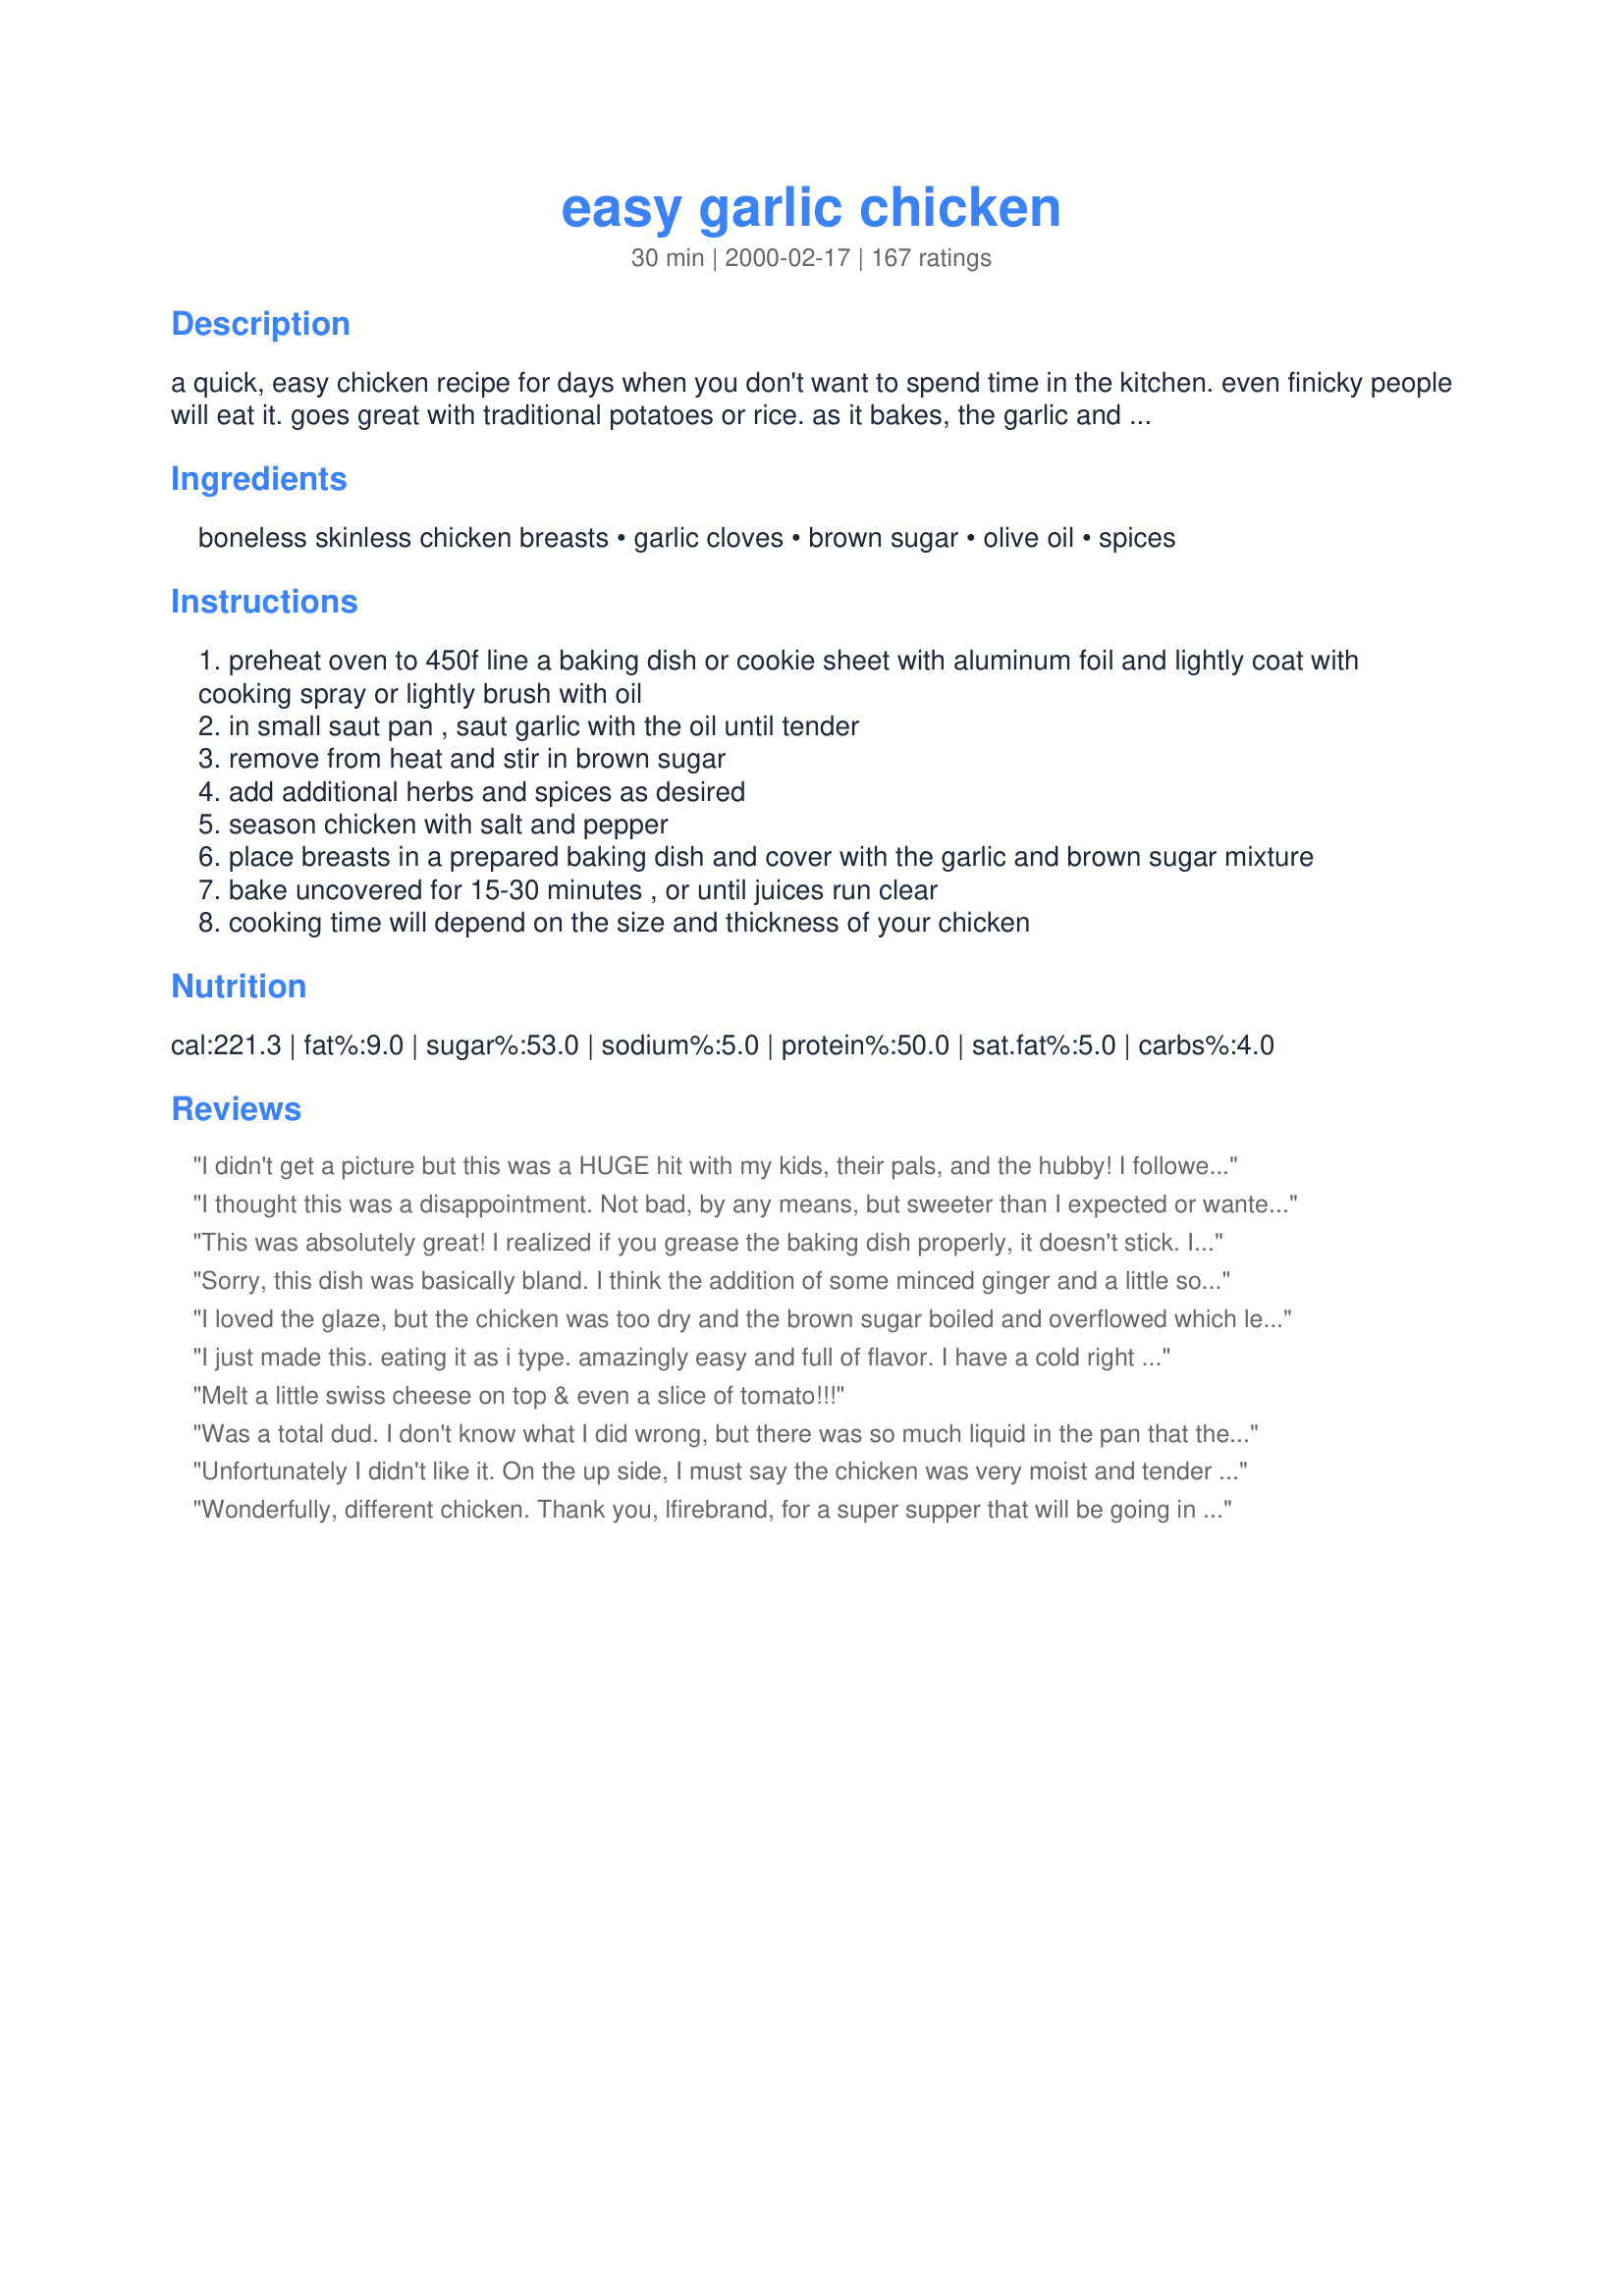
easy garlic chicken
Preparation time: 30 minutes

a quick, easy chicken recipe for days when you don't want to spend time in the kitchen. even finicky people will eat it. goes great with traditional potatoes or rice. as it bakes, the garlic and sugar will melt into a sweet glaze. customize with your favorite herbs or spices. after many comments, i have reduced the temperature at which to cook the chicken. i have also added instructions to wrap your baking sheet or casserole dish in aluminum foil for easier clean-up.

Ingredients:
boneless skinless chicken breasts, garlic cloves, brown sugar, olive oil, spices

Steps:
preheat oven to 450f line a baking dish or cookie sheet with aluminum foil and lightly coat with cooking spray or lightly brush with oil
in small saut pan , saut garlic with the oil until tender
remove from heat and stir in brown sugar
add additional herbs and spices as desired
season chicken with salt and pepper
place breasts in a prepared baking dish and cover with the garlic and brown sugar mixture
bake uncovered for 15-30 minutes , or until juices run clear
cooking time will depend on the size and thickness of your chicken

Reviews:
I didn't get a picture but this was a HUGE hit with my kids, their pals, and the hubby! I followed the recipe, sauteed onions with the garlic the 2nd time just to try it out (was also good) and just doubled all ingredients to make a big batch.
I thought this was a disappointment. Not bad, by any means, but sweeter than I expected or wanted. The garlic definitely takes a back seat. Don't think I will make again, or I will adapt it and turn it into an Asian dish with a few modifications.
This was absolutely great! I realized if you grease the baking dish properly, it doesn't stick. I made a variation to the original recipe and added some potatoes and whole garlic cloves to the baking dish. Took about 20 minutes and the potatoes were still a little hard, but the chicken was cooked perfectly. Maybe next time I'll leave it in for about 25 minutes to get the potatoes just right. Overall, an extremely simple and great recipe!
Sorry, this dish was basically bland. I think the addition of some minced ginger and a little soy sauce would really zip it up. I also found that at 500 degrees, the max cooking time is 15 min since the sugar is baked on and starts to smoke at that point. Will probably try again with those additions.
I loved the glaze, but the chicken was too dry and the brown sugar boiled and overflowed which left a nasty burnt spot in the oven.. Other than that, my fianc? loved it. I will try again sometime, but I'll really have to doctor it up!! Thanks!!!
I just made this. eating it as i type. amazingly easy and full of flavor. I have a cold right now and this is a good idea to make you feel more at ease
Melt a little swiss cheese on top & even a slice of tomato!!!
Was a total dud. I don't know what I did wrong, but there was so much liquid in the pan that the chicken basically boiled and was then very dry due to lost moisture. Also not a lot of flavor. I was very disappointed and won't be making it again.
Unfortunately I didn't like it. On the up side, I must say the chicken was very moist and tender but I'm just not a fan of the garlic and brown sugar syrup.
Wonderfully, different chicken. Thank you, lfirebrand, for a super supper that will be going in my "Will have again" cookbook. Quick, Easy & delicious - what more can you ask for. I used recipe #146709 - Easy Oven-Simmered Potatoes, Carrots and Onions for the side dish and everything came together just right.
Very easy and quick to make! Was a huge hit in my household. I followed the directions, but added onions when saut&eacute;ing the garlic. I also used 3 chicken breasts instead of 4. I personally didn&#039;t line my baking dish, and had no problem with clean up at all. I would highly recommend this recipe! Thanks for posting!
Easy to make and clean up - good for a quick meal!
This recipe has the right idea just needs a little tweeking.<br/>It was a little dry. <br/>I sauted the garlic in butter and 3 tbs of soy sauce.<br/>Remove from heat and add 1/2 the amount of brown sugar suggested. I added a touch of ginger.<br/>Pour half over chicken and broil for 10 mins.<br/><br/>This is much more tender when you broil it.<br/>After 10 mins pour remaining mixture over top and broil til garlic starts to brown.
I used a non-stick, oven safe pan, seared the chicken breasts on both sides and then slid them into the oven in the pan at 425. Baked for 15 minutes (they were large) and it turned out AMAZING. My boyfriend said I could make chicken like this any time. I added red pepper flake and a tiny sprinkle of salt. Delish!
This is really easy and good. Not our favorite, but definitly very tastey.
This recipe was good! I found this recipe on Pinterest and I always read reviews before trying things myself to see if anything needs to be altered. The seasonings seem to be kind of whatever you want them to be in this recipe, so I generously salted and peppered my chicken, (I used tenderloins instead of breasts) sprinkled some onion powder, dried oregano leaves, and just a hint of Tony Chachere&#039;s for a bit of spice since I did not have any red pepper flakes like a lot of people recommended. Then in a small saute pan, I melted a half stick of butter (instead of oil, to give my chicken some moisture and richness) and mixed in 4 small teaspoons of minced garlic (from a jar), and 3 tablespoons of brown sugar instead of 4. Poured it over the chicken, and baked at 450 for about 20-25 minutes. Surprisingly it was still very juicy and quite good! I served with peas and sweet potatoes with butter and cinnamon sugar and my husband and I both cleared our plates completely!
This was very good, and I would have rated it higher if I were to rate it as it was prepared. I combined the other's reviews and came out with a GREAT chicken recipe for a lazy day. I sauteed the garlic in soy, Tabasco's Sweet and Tangy, and light butter. I did not have brown sugar, so I mixed a dab of molasses with 3 tbs. sugar. Also, at the same time, the chicken was browning on the stove top in olive oil and a touch of margarine. Before browning the chicken, sprinkled with parsley flakes, thyme, basil, oregano, sea salt and pepper. Before removing from the heat, I added a dash of sherry cooking wine and chicken broth. After topping the chicken with the garlic mixture, I popped it in the oven and broiled it for approximately 10 minutes. The chicken was served over Barilla Rotini pasta and garlic spaghetti sauce. GREAT!
First: I highly recommend lining your dish with tin foil. It makes for much easier cleanup. <br/><br/>But now for the real review. This dish is delicious! It was so fast and easy to prepare! It came oh so juicy and tender. I baked at 500 for 20 minutes, and that was just enough time, though I realize that some ovens may vary. I recommend checking at 15-20 minutes so as to not over cook. If you truly sautee the garlic, then the garlic should not be overpowering, unless you are not a fan of garlic to begin with. Also, make sure you salt and pepper it! If you don't, it very well could turn out bland. I recommend serving with something slightly spicy to balance out the mildly sweet taste taste of the chicken (but that may also just be because I love spicy food!!). Enjoy!
Definitely easy and tasty... was a bit dry though. I followed most of the instructions, baked at 500 and checked it at 17 minutes, it was still a bit pink inside. So I put it back in for another 5 minutes, and then it was slightly overdone. LOL! <br/><br/>My alterations:<br/>Along with the garlic, I also sauteed some minced onion (not a lot, about 1/4 of a sweet onion). Before putting the brown sugar glaze over the chicken breasts, I seasoned the breasts with salt, pepper, onion powder and, since I also wanted a bit of heat but had no red pepper flakes or cayenne, I also sprinkled some cajun seasoning (by Club House). Then the brown sugar mixture on top and into oven. Other reviewers also stated to line your pan with tin foil... YES! Definitely do that... at the end of the cooking time, there was a sticky burnt film on the bottom that would have been on my pan instead of the foil... thank goodness I used the foil or I woulda been scrubbing away!!
I was so excited to try this after seeing a post on pintrest. We made it for the first time for tonight's dinner and it was amazing. We are so making it again! When the whole family goes to war over leftovers you know it's good enough to have again...lol
I thought this would be a intresting new dish to make, the two ingredients sounded great together but I did not care for the taste what so ever. I use garlic on everything I make so spicying it up with brown sugar sounded like a much needed upgrade to my usual recipes but the taste didnt hit my tounge the right way. Dissapointed that I didnt fall in love with this as I hoped I would have.
this garlic chicken is so gooooood!!!
it was easy to make! and i had it with some broccoli and corn! perfect combination :))
This was easy and delicious! One of my new favorites!
This was easy to make and weight watchers friendly and OMG it was the best chicken i have tasted
Nice easy, garlic, sweet recipe. Well worth doing.
I selected this recipe after seeing Derf's photos. This was quick & easy which is always appreciated. I liked the flavor~ nothing overpowering or terribly bold so it pleased everyone. I did line the pan with foil & reduce the oven temp based on reviews so had a good result. thank you for sharing the recipe!
It was ok, nothing really special. Like the others, it needs more to it, onions, a bit of spice. My 3 yr old ate it, so that was a bonus, but next time i'll be jazzing it up a bit.
This sure was easy but, I won&#039;t make it again. The flavor is not complex enough for me. That&#039;s why it&#039;s so easy. A great recipe for beginners or if you&#039;re in a hurry.
We served it with rice and I would agree; next time thinking about adding some sweet onion to it;)
This is one of my family's FAVORITE chicken dinners! So easy for me too. My fam especially likes the "sauce" the brown sugar, garlic & olive oil makes, so sometimes I make more "sauce" than necessary. I add a side of pasta with olive oil & garlic, a tossed green salad & hot bread....NOBODY'S late for dinner!
Thanks so much!!
I watched over the cooking to make sure the chicken didn't dry out in the 500 degree oven, which it did not. After 18 minutes, it was nice & moist & tender. However, I expected a nice glaze on the top, which I did not get. I ended up with some browned garlic bits on top, no glaze, and a lot of liquid in the bottom of the pan. Also, not a lot of flavor - what flavor there was was too sweet for my taste. Will not make again
This was so delicious. I took the advice of others and made sure to line the pan with foil before cooking. Before it was done i took it out and sprinkled more brown sugar over the top of it then put it to broil for 5 minutes. Made it perfect, next time I will double the "sauce" since it makes the rice taste great with it. Also served a piece of Naan to go with it and that even tasted delicious when dipped in the Juices. My sweet toddler loved it and asked for more. Def. going to be in regular rotation at our house!
The herb to add is rosemary! This is a delicious dinner fit for company.
Soooo delicious and moist!! Be sure to line with foil!
I just barely made this using bone in chicken sections. I would say cover it a 1/3 of the cooking time, Then uncover for 1/3, and then cover the remaining time to prevent from drying out. It took 45 minutes to bake this way until done. But it turned out delicious! Will be making again for sure!
Ok -- let the rest -- I put a different spin on it. I didn't want to turn on the oven so....I heated a cast iron skillet that had a lid. Heated the oil, added the garlic then added the brown sugar with a few splashes of soy sauce. After I added the chicken I added about 1/2 cup of water and cooked the chicken on both sides. Then I put on the lid and let it simmer for 20 minutes, turned them over for another 15 minutes. Then took off the lid to let the liquid evaporate. Flipped the chicken and cooked 5 minutes then flipped them again. The liquid will get thick. Before serving, I flip them over a few times to get all the sauce. My 9 year old wanted more and said it was the best chicken -- my 11 year old looked like he licked the plate!
I thought I did something wrong because the mixture was like paste so I actually added chicken broth and baked at 400 for 25 min. It came out very tender w/ a nice "sauce". Thanks for the recipe.
Very bland. Good basic recipe, but I will be adding soy sauce and some ginger
500 was way too hot to cook this, as my glaze nearly lit! Saved it just in time, scraped off the burnt bit and added a little extra sugar on top of the breasts. Turned it down to 375 to finish cooking and they turned out fine. Needs a little something else for flavor though... tasted good but lacking a little something.
So delish?? Thx...yummy
According to my husband, this recipe yielded a juicy, tasty chicken but with some adjustments. I only used 3 chicken breasts and decided to saute the garlic with 1 shallot. When tender, I added 3 tbsp. brown sugar and 1/2 tbsp. butter to make the sauce a bit more spreadable. Added 1/2 tsp. dried basil to the mixture as well. Cooked the chicken at 425F for 30 minutes and then broiled for 1-2 minutes to crisp up the tops of the chicken. Very easy and most will have the ingredients on hand.
My husband and I enjoyed this. I took the time to sear the chicken in butter. (I used thighs). I also sprinkled onion powder, and a little thyme. I baked the thighs on 450 for 15 minutes. It was delicious. My husband said he would like to have it again!
I'm not sure why but mine came out very soupy. I'm not sure if a ton of liquid came out of the chicken or what. The parts that managed to stay a little crunchy on top were amazing. I'll make it again and if need be I'll drain it while cooking. It went great with some roasted carrots and roasted garlic and cheddar mashed potatoes.
I made this chicken tonight. i also added something things to this recipe. I seasoned the chicken with adobo, Italian seasoning, salt, red pepper flakes, paprika, and mccormick perfect pinch rotisserie chicken seasoning. I also lined the pan with tin foil. On the bottom of the pan i poured some chicken broth. I used light brown sugar and garlic that was already minced. i sauteed the garlic and brown sugar in the pan and made it like a sauce to put over the chicken. It turned out great! i loved the sweet and taste as well as spicy it was very good! i will def make it again. It was also very tender and juicy.
Simple and sooo delicious. I used splenda brown sugar mix. Mine was done perfectly, lovely and moist in 20 minutes. This chicken has turned into one of our favourites. I will be making it often, thanks for posting.
I am not giving this any stars. WOW, what a waste!! I read pretty much ALL the reviews but thought I would try it any way based on how many others did it. It was awful &amp; my house stinks!! I browned the chicken in butter and added spiced to it. I added low sodium soy sauce ( 2 tbl ) to the brown sugar mixture. Put that on top of the chicken &amp; it all ran off except the garlic. The garlic was too over powering. The mixture on the foil of the pan was burning so bad my oven was smoking and the chicken wasnt even done yet. Awful experience.
Tasted a little too sweet to me. Based on other reviews, I decided to sear my chicken first, then I topped it with the sugar mix and put it into the oven following the directions. I chose to broil the chicken at the end as it didn't seem crispy enough for me. I liked the overall taste but would reduce the sugar and add ginger, soy and scallions to it next time. Since there will be a next time, I guess it wasn't all that bad!
Great recipe! I used a whole sauteed a whole head of minced garlic and added a half cup of brown sugar and three tbsp of butter for the sauce. Poured it over 8 chicken breasts in a foil lined pan and cooked for 30mins. at 450 degree.... I may have slightly overcooked the breasts but all in all it was a winner in my book! I have used the butter/brown sugar mixture along with Worcester sauce and garlic on bacon wrapped asparagus and bacon wrapped chicken breast so knew this would be a good one!
This one is not for the faint at heart but I love this dish! I followed Dana U.'s suggestion and made a little bit extra 'sauce' and then served it over rice. the neighbor actually said that she could smell this cooking in her apartment and that it smelled fantastic. Thanks for a great recipe that we will be having again!
I thought this needed something. I liked the subtle sweetness from the brown sugar, but otherwise I found it to be bland. I think I might go with adding some chicken broth and maybe some other seasonings next time.
Add our family to the fans of this dish! Made it at the suggested temperature in a cast iron saute' pan. Served with gingered carrots and buttered shells. I cooked the resulting juices down until they were a glaze. Tomorrow, we will make a lovely Asian Chicken salad with the leftovers.
I added maybe 1/4 cup of chicken broth, a dash of cayenne, and 1/2 tsp of curry powder, then added the chicken to the saute pan to let it brown (be careful that the sauce doesn't spatter). lined my casserole with foil AND covered loosely with foil to prevent the sugar from burning. my husband loved it! we'll have this again.
This was really easy and delicious. I'll be making it again!
This is a tasty recipe with a few additions. Per the suggestions I browned the breasts in a pan before placing in a foil lined baking pan. To the sauce I added soy and grated fresh ginger. I did a hodgepodge of temperatures in the oven, started off in a 350 degree preheated oven for 15 minutes and then turned it up to broil and broiled for about 10 min per side. I also used a thermometer so knew when they were ready- so I wouldn&#039;t overcook them. I basted the chicken occasionally. We ate this with steamed rice.
One of the best and Easiest Chicken recipes out there. The only thing I changed was the amount of brown sugar I had but I kept everthing else the same. My son and husband LOVED it. I will certainly be making this again!!!
This recipe is amazing... everybody in my family loved it so much I had to make it twice the same week!!!!
The oil and garlic mixture burned in onto the tinfoil the pan yet the chicken was still pale and didn't have any of the garlic mix baked onto it, the piece I tried was tough and tasteless. We ended up throwing this out and eating cereal for dinner.
My kids are really picky and they not only love this recipe, but ask for it often - even when it's weeks away in my "dinner rotation." Make this one tonight!
I only changed the temperature of cooking and cooked it at 425 for 1/2 an hour. Everyone who ate it loved it in my family. I may try adding some of the other suggestions like soy sauce and onions and such but it was a big hit as is.
This was good but it came out kind of dry and bland tasting. I used jarred minced garlic so maybe that's why? I'll give it another try using fresh garlic and maybe a use a smaller baking dish so the glaze can't run off the chicken.
The best combination: quick, easy, and tasty. I would definitely double or even triple the recipe depending on how much sauce you want after cooking.
I just followed the suggestions by other reviewers and it came out tender, juicy, and delicious. I sauteed garlic and onions in the pan, then added the other ingredients along with parsley, oregano, basil and thyme. Next I browned the chicken on the pan, and broiled it in the oven. The chicken wasn't too thick so I only had it in the oven for 10 minutes total - and it came out perfect. I don't think I've every had chicken come out quite this juicy. Exceptional!
I think baking at 500 was a bit much. My chicken turned out very dry. I was so disappointed because I loved the flavor. I did tweak my flavor a bit by adding cumin and red pepper to give it kick. I will make this dish again but I will turn that oven DOWN next time!
Delicious! Followed recipe as is but added some chopped onion and salt to step 2. Also put pan on lower rack in oven to help prevent burning. Chicken browned nicely. Will definitely make again.
This was very good. All 3 of us enjoyed it, but I wish the chicken had browned a little more in the oven. I'll definitely make it again, though. Very simple and lots of flavor.
The basics were there for this recipe, and with the help of some of the comments, we had a lovely, easy weekday dinner! Used 3 tbsp brown sugar instead of 4, browned the chicken in butter beforehand, added a splash of cooking sherry and chicken stock, plus parsley flakes, oregano, basil and thyme, cooked at 425 F for 20 minutes and broiled for about 5-10 minutes more. Topped with more parsley flakes and fresh ground pepper and it was great.
The taste was ok, but I certainly didn't consider it easy. I had to cook it twice and had trouble getting the sauce to stay on the breast. Last, I had to broil it to get it to get some color.
This was really freaking good! No concerns with it being dry as stated in other reviews, that usually comes with over cooking. Best to keep a instant read thermometer on hand to know when its done without cutting into your meat. I made a few additions...here is exactly what I did!&lt;br/&gt;Oven @ 450...check&lt;br/&gt;Foil lined metal pan, sprayed with butter flavor pam cooking spray&lt;br/&gt;Two boneless, skinless chicken breast in the pan, salt &amp; pepper&lt;br/&gt;Saut&eacute;ed the garlic in about one Tbl EVOO&lt;br/&gt;Dropped in 1-2 tsp of chopped ginger (from a jar)&lt;br/&gt;Melted in about 1/2 Tb unsalted butter&lt;br/&gt;Tossed in some chopped fresh thyme&lt;br/&gt;Stirred in the sugar&lt;br/&gt;Poured it over my chicken...&lt;br/&gt;Baked 30 mins.&lt;br/&gt;&lt;br/&gt;SO GOOD!
Super easy, super quick, and super delicious. I followed the recipe exactly but only set the oven to 425 degrees. Wonderful!
We loved this! The taste was amazing and the simplicity was the best part. Thanks for a great recipe :)
This recipe is amazing! I did make a few changes to it just for fun and holy cow! It's even more amazing!!! At least my family and I think so.<br/><br/>I add one chopped yellow onion in the sautee pan and then after the other ingredients are added I add about 2 Tbsp soy sauce. I also like serving this with white rice or cooked asian noodles. It's also great with some red pepper flakes on top!
This is a great dish for something quick. We added 1/4 of an onion to zing it up a little. Served with Rice it was great.
pretty good, especially for how quick and easy it is.
Wow, this was very yummy! I made the same batch for only two breasts, and I'm glad I did. but, I think I did something different with the measurements, because it didn't glaze, but crust. Either way, it was very yummy! I also added oregano and basil to the garlic. Also, I put it at 375 for 20 minutes, and it cooked nicely. Thanks!
I am not sure how the brown sugar is suppost to be .. mine turned into caramel and did not spread
Easy and Yummy. This will be a regular recipe at our house..
if you like this, you better like giving yourself insulin shots!
Easy and tasty. Even easier clean-up by lining baking dish with tinfoil. Great :)
Easy and juicy.
Great recipe, I use boneless skinless chicken thighs, salt, pepper. I also use a little more oil. I go with 2 tb of oil to 4 cloves and 4 tb of brown sugar. 30 min in 450 oven. Perfect every time.
I wish I had seen the comment about lining the baking pan with foil. Clean-up is a bit of a challenge
but the dish is great. Thanks.
So easy to prepare and delicious. I substituted palm sugar for the brown to cut down on sweetness. I lined one-third of the pan with foil for the chicken; the rest of the pan used to grill cauliflower & mini sweet peppers. Baked all at recommended temperature for 15-17 minutes. Perfect meal when served on a bed of uncooked spinach!
DH and I really enjoyed this dish. As per other reviews, I took some advice. I added some diced onions and chili flakes to the oil with the garlic. I flattened out my chicken breasts to promote even cooking. I salt and peppered the chicken breasts before I poured on the brown sugar mixture. I baked at a lower temperature, but I understand why it was a higher temp. I rounded out the meal with garlic mashed red-skin potatoes, and steamed edamame. Lovely meal. Thanks ElleFirebrand for posting this great recipe.
Added 3tbs. Soy sauce, 450 degrees 10 minutes, 500 degrees last ten minutes, my kids LOVED it. Easiest recipe yet
This chicken dish, with a bit of tweaking, was delicious and moist. I used 2 chicken breasts, since there is only me. I used a combo of butter and olive oil to saute my seasoned breasts (I seasoned with salt, pepper, garlic powder, onion powder and dried parsley). I used 4 TBSP of brown sugar, and added some soy sauce (2 tsp) and micro-planed ginger. I baked in a preheated oven at 475 for 22 minutes. I did not need to use the broiler as the minced garlic caramelized and formed a crispy crust on the top of the meat. I will make this again and really liked the way it tasted after a bit of tweaking. I had a lot of sauce to put over the meat and some steamed rice.
My family loved this!! I had a half of a red pepper to use up, so I put that in a food processor with a chunk of sweet onion and the garlic. I baked it at 425 for 20 minutes and then broiled it for another five. I served it with rice pilaf and it pleased everyone from my 17 y/o nephew down to my 3 and 5 year old. Oh, I also added some ground red pepper to the saut? (maybe three teaspoons). It was a perfect mix of spicy and sweet, although I would probably leave that out if I make it again for just my small kids.
I used boneless pork chops instead and it was delicious. So very easy to prep, too. All who ate it loved it. What are simple and tasty recipe!
Great chicken! A little sweet ut not overpowering. I used thin-sliced b/s chicken breasts so decreased the cooking time a little. Made for Cookbook Tag.
One word two syllables..nasty. While I am all for a sweet savory thing going on..it was just intolerable. The sauce was clumpy..and was difficult to spread. Once baked..the garlic burned as can be seen in the above picture which rendered it bitter and inedible. I am not a novice cook. I can cook pretty much anything. I had my doubts when I started this recipe. I should have listened to myself.
This was originally 3*, but on the second nite I heated it up, and it was better, so probably 3 1/2*. I followed the recipe exactly. I may make it again. Not sure yet.
The picture makes it look so good. Although my chicken came out juicy, the flavor was just kind of slightly sweet but mostly bland. Probably won't make it again.
Tasty and easy, lining pan with foil does help w clean-up. I baked it at 375-400 for 25-30 min. I also added chopped yellow onions, cayenne pepper and blk pepper for taste. came out very good!
This recipe is horrible and I wouldn't waste my time. At 500F with nothing to keep the chicken moist, you're going to dry out the breasts before they even cook through. You're going to burn the garlic (even the garlic in the picture is burnt) and probably even burn the sugar, too. If you're desperate for brown sugar and garlic flavored chicken, which sounds silly IMHO, coat the chicken in (uncooked minced) garlic, olive oil, butter, and salt pepper. Don't heat it up, just mix together. Put breasts on a rack over a pan that contains onion, celery, and carrot. Put in an oven at 350F, cook until internal temperature is at 165. On a pan, make caramel out of brown sugar, and add a cup of chicken stock once the sugar is caramelized. Skim off fat, then deglaze pan with a touch of white wine, and put the fond into the pan with the stock and sugar. Add a tablespoon of butter to the pan. Boil and reduce until thick and creamy, then coat the chicken with the sauce. Now you have a chicken that has great caramelized brown sugar flavor, great garlic flavor, and the chicken isn't dry. One last thing: I didn't try this recipe. I've been cooking long enough to know what a bad recipe is just by looking at it, and I wouldn't waste my time and my money even trying this out.
Made this tonight and the family loved it even the kids!I I lined the pan as suggested and added onions with the garlic. Since the brown sugar sweetened them even my 8 year old ate them. I pre browned the chicken and added some spices and parsley while browning. cooked at 425 for 25 minutes so it wasn't dry. ?Also the pan dripping I divided into little cups like aujus style. ?We will be making it again.
I did not care for this recipe. I guess I was expecting a different outcome, more like a sweet garlic glaze over the chicken, but it didn't turn out quite like I expected.
I cooked it at 375 for an hour, I tripled the amount of sugar and olive oil. I basically covered the chicken with brown sugar. I thought it came out quite dry but my husband loved it. It tasted very good but too dry for my taste.
I was afraid of the high cooking temp, but the chicken came out moist & juicy. I used a bit more olive oil than recommended, next time I'll follow the recipe so the glaze will carmelize. It was a hit!
Easy and delicious. The kids declared it the best chicken ever. Served it with quinoa and a salad.<br/><br/>Going to try it with splenda's version of brown sugar next time!
I added the same amount of minced white onion as garlic.<br/><br/>I was concerned about the dryness of this dish so I added a step and it came out excellent, instead of adding the sugar directly, add it to a 1/2 cup of water in a small sauce pan and bring it to a boil and it will reduce by a quarter. Add this mixture to the tender garlic & onion. Pour the combined mixture over the chicken and it should serve as a blanching liquid thT the chicken will stew in. I baked at 500 for 18 minutes and it was delicious and extremely moist!!
I cooked this as posted here with little variation. No additional seasoning was used, just the 4 main ingredients. As my garlic cloves were on the large side, a bit less would have been ok. I did add a splash of water when adding the brown sugar; enough to make it a bit less pasty. Poured it over the chicken and after 20 minutes, we had very moist and tasty chicken. &lt;br/&gt;This is a dish that will be served again!
It is so easy to make and tastes great :) But I added more garlic and half the brown sugar said. Also I put in a little mixed herbs and it turned out great.
I made this tonight and added 1 1/2 teaspoons of curry powder to the mixture. In a word: amazing!! Next time I&#039;m trying skinless thighs. Thanks for this recipe, it&#039;s a keeper!
This tasted like bland chicken with brown sugar and garlic on top. The top of my chicken did not get nice and brown and caramel like the picture and it ended up sitting in an inch or more of oil and liquid. Edible but I probably won't make again.
tastes good but a little too bland. Nothing more to say here.
This is a great dish for something quick. We added 1/4 of an onion to zing it up a little. Served with Rice it was great.
Love to make this for company, but it's just as good for a quick everyday dinner. After lining cooking sheet with aluminum foil, I spray with Pam and put wedges of sweet potatoes (Yams) down first. I top with the chicken that has had the brown sugar, garlic mixture spread across the top. Bake as directed at 500 degrees. The chicken juces and brown sugar drip down onto the potato wedges and they come out so yummy. Everyone always raves about the final outcome! Add a veggy and salad and you're all set!
Found this on Pinterest and it sounded good. As I was reading the reviews, I wasn't sure I wanted to make it. But I took the tips and went with it. It was not as flavorful as I was expecting but it was good. I added a touch of soy sauce and mince onion. I also added a bit of water to help make more of a liquid for the cooking. I used parchment paper sprayed with non stick spray to help in the clean up. It didn't glaze like I was expecting but it was good! Family enjoyed it.
I mixed olive oil and worchester sauce and then added the brown sugar but I kept it on the stove to melt. I made it more of a sauce. That way it didn't burn the brown sugar and it cut a bit of the sweetness. It was delicious! Also, I covered the dish with tin foil and put it at 350 degrees. I only needed to bake it for 20 min
This was good but not great. Needs a little bit of improvement. I think next time add some soy sauce to the garlic and then the brown sugar. There was just to much oil and water in the baking dish when it was done cooking. So it came out a little dry. I did wrap my chicken in bacon which gave it a great twist and with the brown sugar I mixed a little bit of cayenne pepper.
Holy cow! Easiest recipe ever, and it is soooo delicious. Thanks for posting!
This was a success!!! My 3 year old loved it as well as my husband and I. I did season the chicken with onion powder, salt and pepper first. While I sauted the garlic in oil I added a pinch of crushed red pepper flake and some butter. When I added the brown sugar I also added a splash of worsteshire. Then baked it at 500 degrees for 17 min. It came out perfectly moist and juicy. Very flavorful. Thanks for the recipe. I will definitely be making this again.
Just made this for my family and they seemed to like it. I think that covering it with foil for a little while would of been better. I cooked it for about 25 min and the sugar sort of burt a little more than i would of liked. I paired it with white rice.
Very easy. I took some of the suggestions and added some soy sauce and ground ginger. It came out very good. I added some salt and pepper too. We will definitely make again. Thanks.
it says to bake at 500 degress for like 15-20 minutes.... our chicken BURNED and it was absloutly terrible. we tried this recipe twice and did everything it told us to. the sauce on the top did not stay on the chicken. it just burned the bottom of the pan... awful
I made this for dinner, but I only had 3 chicken breasts (a total of 1-1/4 lbs.). I used the 4 cloves of garlic (minced), but now wished I had only used 3. Also used the entire 4 tablespoons of brown sugar (but used dark brown sugar), and this was enough coating for just the 3 chicken breasts. If I were to make again using 4 chicken breasts, I would suggest adding 2 more tablespoons of the brown sugar. I baked this for 30 minutes in a 400&ordm; oven, but the chicken was a bit dry, so next time I&#039;ll reduce the baking time to 25 minutes. I can&#039;t see baking the chicken at a higher temp, not if you want burnt, dried-out chicken. I ended up dipping the chicken in a honey mustard sauce which I got from Hardees (hamburger restaurant), and boy did it make the chicken taste even better! Not a bad recipe, and will make again, but with the modifications I had stated, and that includes dipping the chicken in a honey mustard sauce.
I loved this recipe! I doubled the glaze and used my baster twice to moisten the chicken through the cooking process. The chicken was really juicy and full of flavour :) Will definitely make this again, a great, easy mid week meal! I served it with mashed potatoes and green beans.
We absolutely loved this! I made it with just one chicken breast that marinated in Italian dressing. (So I only used 1 clove of garlic and one tbsp of brown sugar). I added a tbsp of butter and some Badia Complete Seasoning (I use it in everything!) and I cooked it uncovered for 15 minutes. I let it rest in a covered dish for 15 minutes and it was incredibly juicy and tender! The sweet and spicy combination reminds me of Indian food! Will be making this again and again!
I used 3 chicken breasts that I cut in half. Sauteed 4 tsp of garlic and used 6 tbsp of brown sugar. Once that was mixed, I added some chicken broth. I poured this mixture over the chicken and baked @ 450 for 30 minutes then broiled on high for about 10 minutes. It was a hit!!
I thought it was ok. Put it in at 475 for about 20 minutes and broiled it for a few minutes and It came out really juicy and tender. I thought it was too sweet and not enough garlic so I am going to cut back on the brown sugar and go with more garlic next time. My boyfriend hated it. We ended up covering it with soy sauce after it was cooked and my boyfriend covered it with mozzerella and it was actually really good that way. I ended up dipping mine in a soysauce ranch blend.
OMG. I made this tonight for dinner and I did what one of the other viewers did. I browned the chicken lightly then put it in a baking pan, then added the garlic, butter, brown sugar and a couple gulps of sherry and poured over the chicken and baked. IT WAS AMAZING!
I used this recipe to inspire our meal last night and my husband and I loved it! So, here&#039;s what I did differently: 1) I used boneless, skinless thighs instead of breasts. The are juicier and less expensive than breasts. 2) I salted and peppered the chicken in the baking dish first, drizzled Worcestershire Sauce on it, and set it aside. 3) Here&#039;s how I enhanced the glaze: I used extra virgin coconut oil, pressed the garlic through a press instead of mincing, and added fresh pressed ginger. 4) I let the chicken marinate in the fridge for about a half hour. 5) I cooked the chicken at 400F for the first 18 minutes then turned on the broiler for the last two. Served this up with brown rice and vegetables and it was better than good! Yum!
This is the first recipe I&#039;ve tried from this website. I loved it! I can understand what others are saying about the blandness but what I did was made the sauce twice. First I made the portion thicker with about 3 tsp of brown sugar and glazed the chicken before putting it in the oven. Then I made another portion with about half a tbs of oil and maybe 2 tsp of sugar. The consistency was much thinner. I used this to drizzle over the chicken while it was in the oven. I also added ginger, extra spicy mrs dash seasoning and basil to the mixture and seared the chicken for about 45 second and sprinkled with parsley before putting it in oven for abt 20 mins. It came out amazing and nice and juicy. My sister, who has the taste buds of a two year old even enjoyed it..... So, epic win.
WOW, WOW, WOW! This recipe is amazing! My husband is still raving about it. And it's so easy. I did add diced onion and I lined the baking dish with foil for easy clean up. This recipe is definitely a keeper.
Just cooked this tonight... Very good...Used golden brown sugar, also I added garlic salt, onion powder and some red paper flakes.... Cooked it for about 20 mins... Came out GREAT.... My husband loved it and he's very picky :)<br/> I also added some mushrooms I cooked in pineapple teriyaki sauce... Went great with Jasmine rice..... Cant wait to cook this again.....<br/> I noticed a lot of people were saying the pans hard to clean so I sprayed it with a little pam and nothing stuck to it...
Tasted ok, but one serving contains over half of your RDA of sodium. Not worth it.
Amazingly good. Kids ate the whole thing. Recipe was easy I added cayan, ground cumin, a little honey and some ginger. Cooked at 400 for 20 minutes then put broiler on hi for 5 minutes.
Loved it! I can&#039;t wait to make a bigger batch for lunches/leftovers.
Simple, easy, convenient, and best of all DELICIOUS!!!
I used this recipe as a base to create my own verson of garlic chicken. I liked the sweet and garlic combo. I used the brown sugar, garlic and olive oil as a marinate for 24 hours. I seared the chicken in an oven safe pan and cooked at 475 for 15 minutes. I drizzled maple syrup over it before serving. It was perfect!
A few tweaks to this recipe-<br/>I didn't measure anything I just eyeballed my minced garlic and added some chopped onion. I didn't use fresh stuff just the stuff from the containers and it was just as tasty. Also not sure why the person cooked it at 500. It dries the chicken out and can cause the glaze to burn. I cooked mine at 375 for the normal amount I cook chicken breasts about 25-30 minutes. I used tin foil in my pan and sprayed it a little with pam just in case. This turned out absolutely wonderful, it was DELICIOUS. However, I would recommend to lower the cooking time to prevent drying and burning. ;) I also posted a picture of mine on here, nothing fancy just took it with my iphone camera, lol.
This was delish. Like other I made some adjustments just due to my taste. I seasoned before topping ... I used salt, seasoned pepper and onion powder... then also added some soy sauce to the topping. Cooked about 20 minutes so tender and moist. Really really good!
Tried this last night , and me and my family loved it, I thought the brown sugar would make it to sweet , but it was just enough sweet. Very easy and clean up was a breeze. We added a dash of soy sauce to it and that really made it taste even better. Try ull like it.
30 minutes of cooking and a meal I'll never get back. What a total mismatch of flavors. Wife refused to eat more than 3 bites and kids didn't even make it that far.
Delicious and easy to make...even my picky 4 year old liked it!
I made this for dinner, using legs instead of breasts. I fed 6 boys (ages 11-16) and my husband, and they were all very pleased. Several comments were made about needing to have them again! I did put water in the bottom of the pans and it worked out great. Thank you!!
I like this recipe, It needed a little more moisture, so I added a tablespoon of butter and a tablespoon of bacon grease in addition to the oil. I sprinkled the breasts with garlic salt, sparingly. Saute the onion and garlic in the oils, then remove from heat and add the brown sugar. Pour over all and cook at 375 for 20 Mins. This was with 5 large breasts cut into 10 to 12 tenders. We liked it!
Loved how quick and easy this was to prepare! However, I think it would have been better if the chicken was marinated in the "sauce" first. I haven't broiled food in awhile and I was very nervous about the oil bubbling over and destroying my oven as it was very close (I ended up putting a pan under it, just in case!) I will be making again! Thanks!
I hate to have to say this, but I followed this recipe to a "T" and both my mom and I thought it was downright nasty :( The brown sugar caramelized on top and looked just like that insanely popular Pinterest picture, but I nearly died of disappointment once I tasted it. Something about the mixture of just garlic and brown sugar together was NOT good (perhaps with some other ingredients in the mixture it would have been alot better). I didn't want to take it with me to work for my lunch the next day so my mom said she would eat it but she'd have to scrape all the topping off in order to get it down. I had really high hopes for this but definitely will not be making again :(
This is the first dish I have ever made that my husband scraped his plate clean. I served it with some saut&eacute;ed baby bella mushrooms, and rice. I cooked mine on a cookie sheet, and I was so incredibly glad for the tip about using tin foil. It made the clean up a cinch. &lt;br/&gt;For spices I added some herbs provence, marjoram, a touch of thyme, and quite a bit of ginger. This is really a great dinner for one of those nights that you don&#039;t have much time to cook, and you are feeling a like you need a break from the kitchen.
You definitely need to line the pan with aluminum foil. I wasn't really pleased with this dish, it was "ok" but nothing spectacular. It would be nice if you put a nice sauce with it, but otherwise it's a little dull and dry. It might even be better if given the time to marinate the chicken over night... maybe with some lemon juice!
This recipe was great! It came out tender and flavorful! A couple of things, I did add about 2 tsp of soy sauce to the garlic mixture. And i also sprinkled salt, pepper, ground camino, garlic powder, and dried basil leaves on the chicken before adding the garlic mixture. I did add the foil to the pan but, by habit, i crumpled beforehand. Next time i won&#039;t crumple the foil because it caused the chicken not to be browned on the bottom.
I%u2019ve now found a replacement for my teriyaki chicken!!! I%u2019m allergic to soy and teriyaki recipes demand high amounts of it (in which I still eat anyways because i love teriyaki: /). This chicken tastes EXACTLY LIKE TERIYAKI CHICKEN! And it is DELICIOUS! And I don%u2019t even have to use soy sauce! Who knew?<br/><br/>I made this for 6 servings. And i don%u2019t like chicken breast so I used drum sticks instead. I marinated the plain chicken in the fridge with nature seasoning for an hour and later added in some of the garlic/b.sugar marinade to marinate for another hour. Then followe the recipe as far as cooking. DELICIOUS! My sister loved it and she is very picky.
This is a very easy and fast recipe for those busy weeknights. I really appreciated that last week! I thought this was very good. My garlic ended up getting a little overdone between the pan saute and the roasting. Other than that, we loved it. Thanks!
This was so good and easy. My husband really loved it.
Thought this was very good, my boyfriend liked it but he isn't a fan of the sweetness. Since it's just the 2 of us I only cooked 2 breast &amp; for once i actually followed a recipe. I did however minced 2 large cloves of garlic, 2 tbsp of brown sugar (only 2 breast) &amp; used about 4-5 seasonings. I served with my mashed potatoes and green beans, chicken was Very moist and delicious, thank you!!
I&#039;d give this a 3/5 stars. I ended up baking it at 450 for 15 minutes instead of at 500 for 20. I&#039;m glad I did because the chicken turned out just perfectly done. However, it&#039;s really overly sweet, and kind of bland. Also, the sugar didn&#039;t caramelized on top of the chicken, but it burned where it touched the pan. Really really not a fan. Not sure how to fix it so lowish rating.
Easy and delicious!
We made this with a change to Splenda Brown Sugar substitute as we're on a low-suger diet. Since Splenda is a 1:2 replacement I'm sure it changes the mixtures consistency a little, but it really turned out excellent and had amazing flavor. We'll definitely have this again.
My whole family really like this. Very tender and really nice mild flavors. good kid friendly meal. i might try a little ginger and more salt next time. I like the idea of browning the chicken in butter first, mentioned by another reviewer.. Fantastic, easy dinner!
easy and nice!
Made this for dinner and it was very good. Moist and delicious! <br/>Cooking at 500 degrees caused the glaze to get done a little <br/>quicker than I would've liked Other than that, i thought it was <br/>quick and tasty!
Easy recipe - my only concern is the high temp for the oven for so long - lots of energy being used. We made this last night and have a gas range - we actually blew a circuit in our house trying to make brown rice and spinach to go with it...now that could be our house - but it also was a lot of energy - 500 is a really high temp to cook with. We are going to try another method of cooking - but the recipe - kudos from our family :)
I didn't really care for it. I found the garlic to be overpowering. I might try again with a little less garlic next time.
I loved this recipe, so quick and easy. I lined the baking dish with foil as suggested. Knowing my oven, I cooked the chicken at a lower heat, 180 degrees celsius for 30 minutes. Turned out juicy and tender. A great base to add your own herbs and spices as suggested. Will definitely be making this again.
Thanks for posting Elle. This was pretty good and interesting. We made it as written. It now shows 450 degrees to cook it at. We did it at that temp and on the bottom rack with good results but beware the sugar mixture still smoked. The garlic was a sharp flavor in this and was a little potent despite picking normal sized cloves so don&#039;t use big ones. The foil lined pan is a MUST! We doubled the sauce and still it doesn&#039;t adhere or remain on the chicken fully. The meat was juicy and moist however. The outside of the chicken was tougher and was where the flavor was. It definitely is a tame recipe seasoning wise so next time I will season it up. I agree with other posters that it is pretty easy, takes two pans to clean, and is a recipe I would make, but not on regular rotation. Enjoy! ChefDLH.
This was average. Nothing bad about it.....nothing great. If I was in a jam and didn&#039;t have a lot in the house, I might throw it together, but I wouldn&#039;t go out of my way to make it a regular part of our dinner rotation.
My husband and I liked it. As others have said, I found it a little bland except for when you got some of the sauce. If I made it again I would double or triple the sauce. I did add minced onions with the garlic and also used the tin foil. I was afraid of the temp being so high, but it worked out great :-)
I wish I had read the comments before I made this. It really was almost right but following the exact recipe leaves a lot to be desired. Maybe using some of the suggestions would make a big difference.
I made this Chicken recipe tonight for dinner.My family liked it.<br/>For starters I used Chicken wings to test the waters.I started <br/>with less than a half stick of butter and I used chopped garlic.<br/>I added about 4 tablespoons of brown sugar and soy sauce.<br/>Adding the melted butter and soy sauce really helped out.<br/>I seared the chicken wings,afterwards I put in a baking dish<br/>and covered them with the sauce.I baked them on 350-400.<br/>Until chicken wings were tender.Now I can't wait to use the<br/>skinless chicken breast.I notice soy sauce has the tendency<br/>to turn sauces dark when baked or used for frying.This recipe<br/>is certainly a keeper.
I wanted a quick dinner and this was super yummy. After reading the other reviews I did some tweaking. I browned my chicken first. And added dry sherry, terriaki sauce, water, and a little cornstarch to the sauce. I used half the sugar also. I baked at 425 for 25 minutes and it was soooo tender, juicy and wonderful. My husband loved it and so did my son Liam (18 months). I served it with steamed broccoli and my special Parmasean Rice (day old rice re-vamped with pepper and parmasean). It was a great meal. Thanks for the post. This is a great quick recipe that is easy to memorize and easy to tweak for different flavors.
The chicken turned out very tough for me and dry. It looked good and smelled amazing but I was disappointed.
It was just okay, nothing special. Really needs some spice, or something to make it tasty. I cooked mine @ the instructed temp, for 23 mins., followed all the additional instructions to the "T", it was perfectly done. But it truly needs more seasonings to give it any taste...just had a sweet flavor, couldn't really taste the garlic even!
I made this tonight, and went by the recipe except the temperature--did 450 because of my oven-and I added a dash of cayenne since others mentioned it being bland. My chicken wasn't dry or bland--it came out great. I did use an 9x9 baking dish rather than a 9x13, and I went with lining the pan with foil. My husband did say the garlic could be reduced a little, and he thought adding soy next time sounded good. I thought it was great the way it was and my 6 year old said it was "Awesome! 4 stars!". We will for sure make it again. I like how easy it is to put together. It would pair well with fried rice, or just steamed rice. I served with Asian veggies.
Omg good. Quick. Easy. All ingredients u have in the house. I used chicken thighs, more flavor. Served with pasta and broccoli and Parmesan cheese for noodles. Thanks
Quick and easy, but a little boring. If I made this again I would definitely add some more layers of flavor, like some spice (cayenne/red pepper flakes) or maybe some smoked sweet paprika...
We had purchased boneless, skinless chicken strips. I seasoned the chicken with S&amp;P, and onion powder. I cooked the garlic in the olive oil, then seared the chicken strips on each side before placing on the foil lined pan. We then covered with the melted brown sugar and baked on 425 for 30 minutes. I served fresh pineapple along side the chicken, with white rice, and sauteed broccoli. The family loved it. Next time, I might add some ginger, and sauteed some pineapple too.
